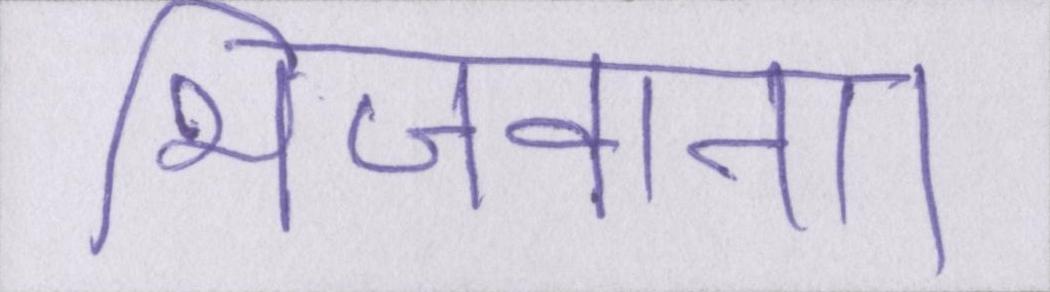
भिजवाना।